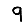
Digit: 9